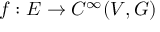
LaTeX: f : E \to C ^ { \infty } ( V , G )